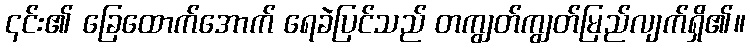
၎င်း၏ ခြေထောက်အောက် ရေခဲပြင်သည် တကျွတ်ကျွတ်မြည်လျက်ရှိ၏။